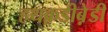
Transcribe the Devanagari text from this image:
हथक़डीब़ेडी